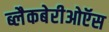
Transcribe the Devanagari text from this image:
ब्लैकबेरीओऍस